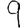
Digit: 9